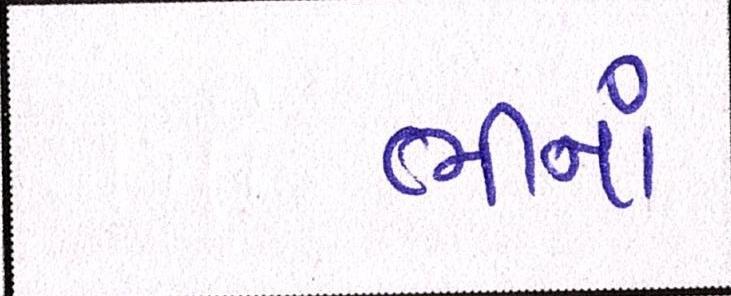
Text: ભીનાં